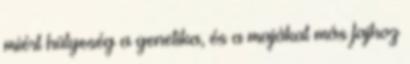
miért hülyeség a genetika, és a majákat más fajhoz